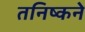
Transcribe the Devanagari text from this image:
तनिष्कने